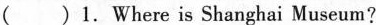
()1.Where is Shanghai Museum?